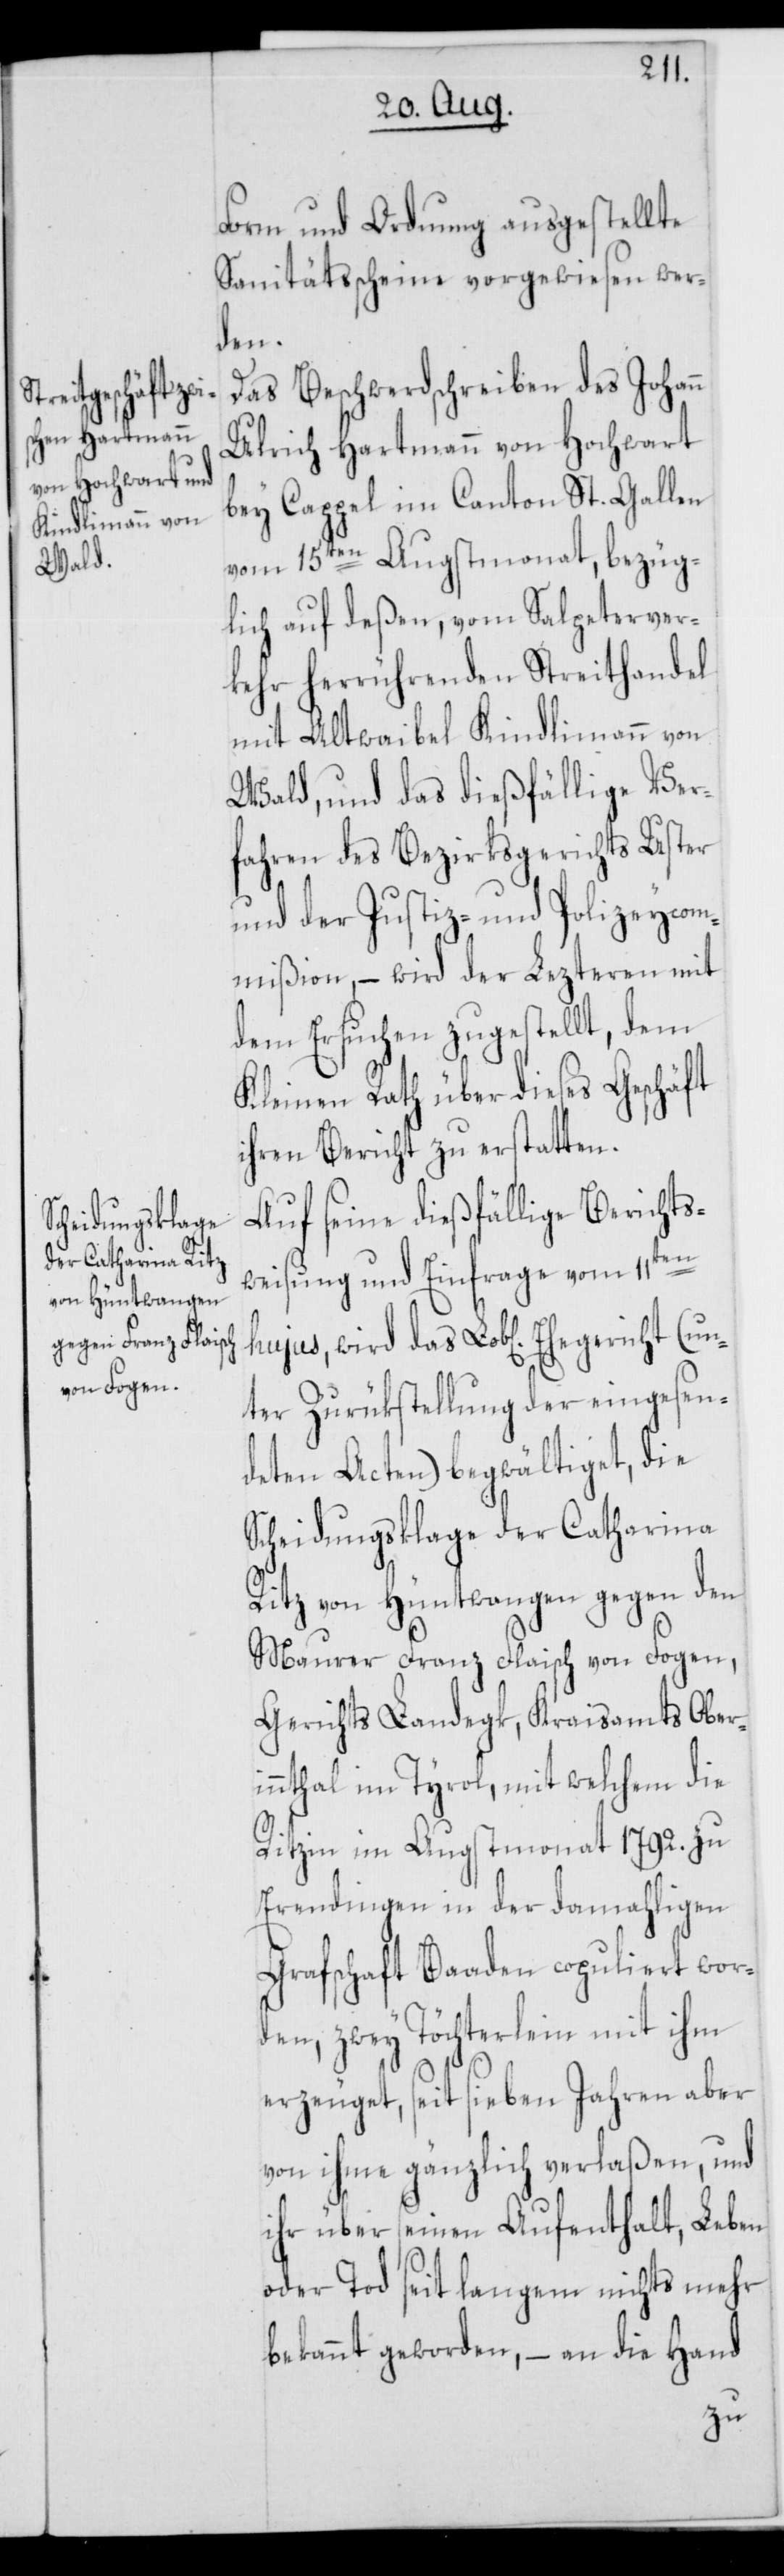
egericht (u¬

Form und Ordnung ausgestellte
Sanitätsscheine vorgewiesen wer¬
den.
Das Beschwerdschreiben des Johann
Ulrich Hartmann von Hochwart
bey Cappel im Canton St. Gallen
vom 15ten Augstmonat, bezüg¬
lich auf deßen, vom Salpeterver¬
kehr herrührenden Streithandel
mit Altwaibel Kindlimann von
Wald, und das dießfällige Ver¬
fahren des Bezirksgerichts Uster
und der Justiz- und Polizeycom¬
mißion, – wird der Lezteren mit
dem Ersuchen zugestellt, dem
Kleinen Rath über dieses Geschäft
ihren Bericht zu erstatten.
Auf seine dießfällige Berichts¬
weisung und Einfrage vom 11ten
hujus, wird das Lob[liche] Eh¬
nter Zurükstellung der eingesen¬
deten Acten) begwältiget, die
Scheidungsklage der Catharina
Ritz von Hüntwangen gegen den
Maurer Franz Flaisch von Fogen,
Gerichts Landegk, Kraisamts Oberi¬
nnthal im Tyrol, mit welchem die
Ritzin im Augstmonat 1792. zu
Erendingen in der damahligen
Grafschaft Baaden copuliert wor¬
den, zwey Töchterlein mit ihm
erzeuget, seit sieben Jahren aber
von ihme gänzlich verlaßen, und
ihr über seinen Aufenthalt, Leben
oder Tod seit Langem nichts mehr
bekannt geworden, – an die Hand